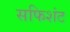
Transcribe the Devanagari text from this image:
सफिशंट